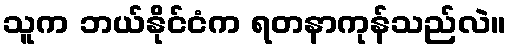
သူက ဘယ်နိုင်ငံက ရတနာကုန်သည်လဲ။